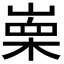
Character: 𭪼